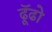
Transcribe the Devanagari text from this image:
ढॅूढो